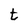
Character: t